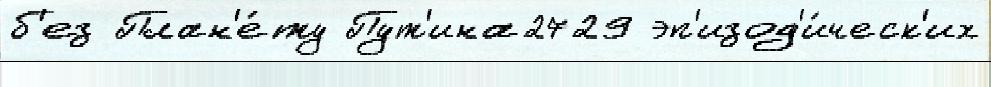
б'ез План'е́ту Пут'ина2729 эп'изод'и́ческ'их